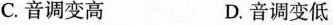
C.音调变高 D.音调变低